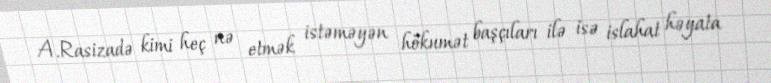
A.Rasizadə kimi heç nə etmək istəməyən hökumət başçıları ilə isə islahat həyata